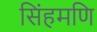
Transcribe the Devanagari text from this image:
सिंहमणि